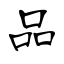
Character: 品